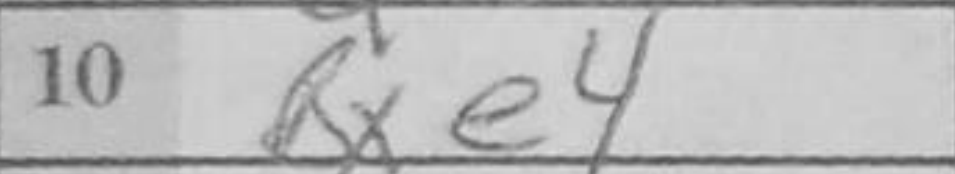
Transcription: Bxe4